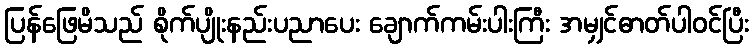
ပြန်ဖြေမိသည် စိုက်ပျိုးနည်းပညာပေး ချောက်ကမ်းပါးကြီး အမျှင်ဓာတ်ပါဝင်ပြီး